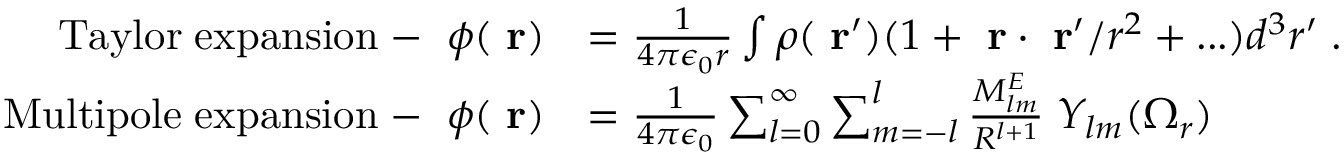
\begin{array} { r l } { \mathrm { T a y l o r \; e x p a n s i o n \; - \; \; } \phi ( \mathrm { \bf ~ r } ) } & { = \frac { 1 } { 4 \pi \epsilon _ { 0 } r } \int \rho ( \mathrm { \bf ~ r } ^ { \prime } ) ( 1 + \mathrm { \bf ~ r } \cdot \mathrm { \bf ~ r } ^ { \prime } / r ^ { 2 } + . . . ) d ^ { 3 } r ^ { \prime } \; . } \\ { \mathrm { M u l t i p o l e \; e x p a n s i o n \; - \; \; } \phi ( \mathrm { \bf ~ r } ) } & { = \frac { 1 } { 4 \pi \epsilon _ { 0 } } \sum _ { l = 0 } ^ { \infty } \sum _ { m = - l } ^ { l } \frac { M _ { l m } ^ { E } } { R ^ { l + 1 } } \; Y _ { l m } ( \Omega _ { r } ) } \end{array}